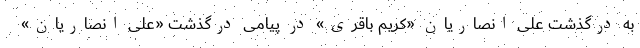
به درگذشت علی انصاریان «کریم باقری» در پیامی درگذشت «علی انصاریان»